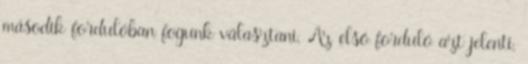
második fordulóban fogunk választani. Az első forduló azt jelenti,